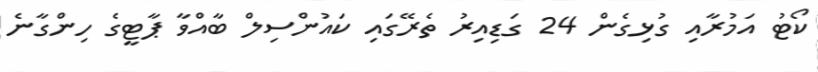
ކޯޓު އަމުރާއި ގުޅިގެން 24 ގަޑިއިރު ތެރޭގައި ކައުންސިލް ބާއްވާ ޕާޓީގެ ހިންގާނެ